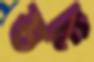
শুন্য